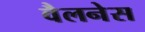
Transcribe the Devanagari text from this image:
वैलनेस